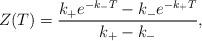
LaTeX: \begin{align*}Z(T) = {k_+ e^{-k_- T} - k_- e^{-k_+ T} \over k_+ - k_-},\end{align*}